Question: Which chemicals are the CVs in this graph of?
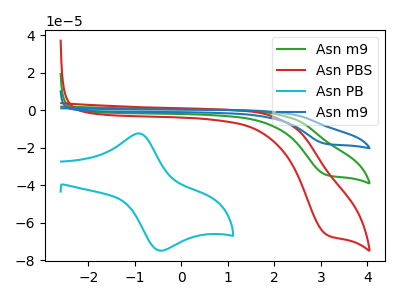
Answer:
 <answer>The green curve is labeled "Asn m9". The red curve is labeled "Asn PBS". The cyan curve is labeled "Asn PB". The blue curve is labeled "Asn m9".</answer>
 <eval></eval>